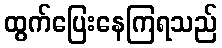
ထွက်ပြေးနေကြရသည်